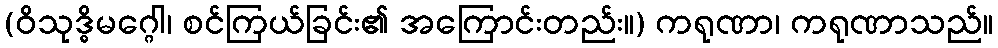
(ဝိသုဒ္ဓိမဂ္ဂေါ၊ စင်ကြယ်ခြင်း၏ အကြောင်းတည်း။) ကရုဏာ၊ ကရုဏာသည်။